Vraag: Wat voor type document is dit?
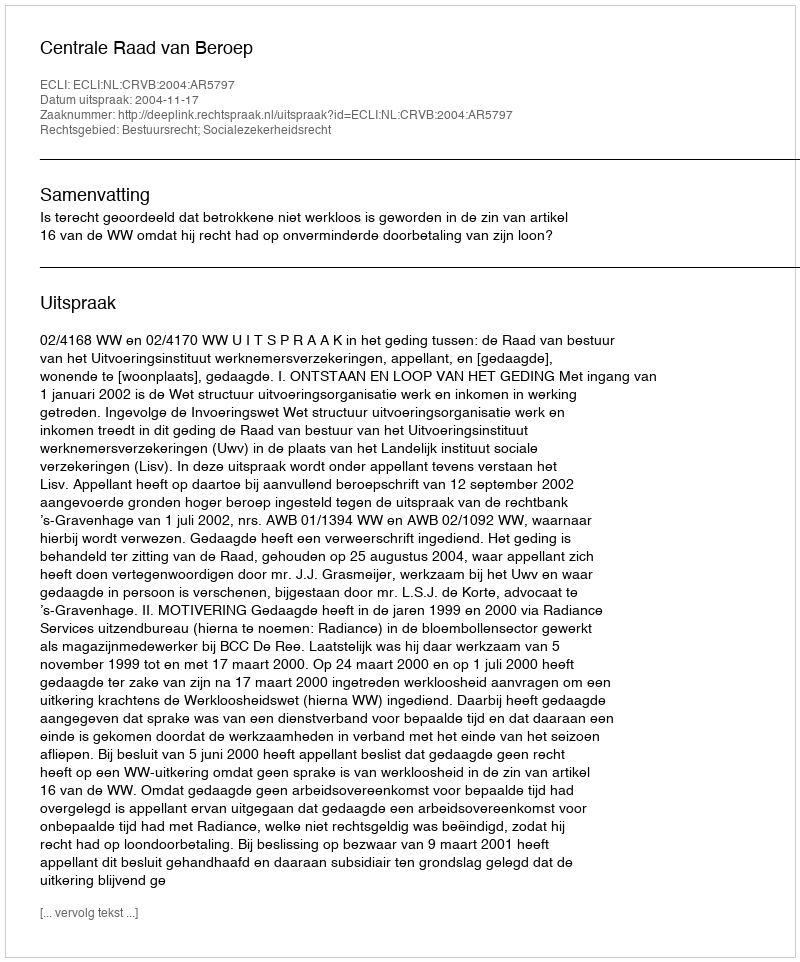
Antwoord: Uitspraak